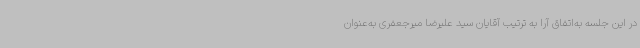
در این جلسه به‌اتفاق آرا به ترتیب آقایان سید علیرضا میرجعفری به‌عنوان